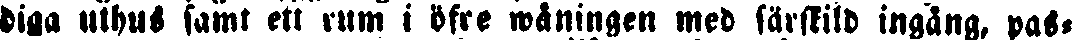
diga uthus samt ett rum i öfre wåningen med särskild ingäng, pas-